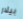
بيلار